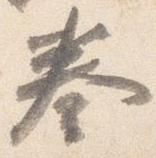
奏